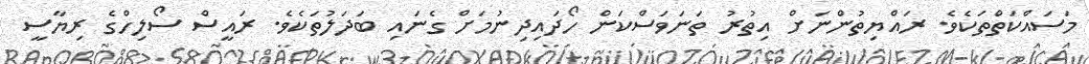
މަސައްކަތްތަކެވެ. ރައްޔިތުންނަށް އިތުރު ތަނަވަސްކަން ހޯދައިދިނުމަށް ގެނައި ބަދަލުތަކެވެ. ރައީސް ސޯލިހްގެ ރިޔާސީ